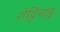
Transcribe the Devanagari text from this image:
शेट्टिनाडु